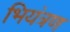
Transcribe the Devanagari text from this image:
भियंत्रण